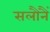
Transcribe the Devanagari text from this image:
सलौनैं